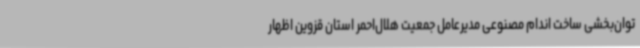
توان‌بخشی ساخت اندام مصنوعی مدیرعامل جمعیت هلال‌احمر استان قزوین اظهار